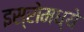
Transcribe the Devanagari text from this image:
इस्रोमध्ये